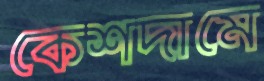
কেশদামে